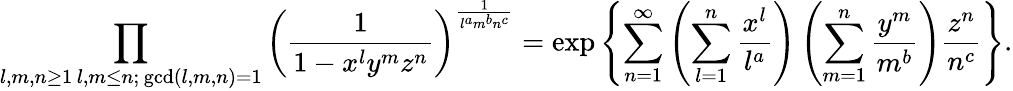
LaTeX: \prod_{\substack{l,m,n\geq 1\, l,m\leq n;\, \operatorname*{gcd}(l,m,n)=1}}\left(\frac{1}{1-x^{l}y^{m}z^{n}}\right)^{\frac{1}{l^{a}m^{b}n^{c}}}=\exp\left\{ \sum_{n=1}^{\infty}\left(\sum_{l=1}^{n}\frac{x^{l}}{l^{a}}\right)\left(\sum_{m=1}^{n}\frac{y^{m}}{m^{b}}\right)\frac{z^{n}}{n^{c}}\right\} .